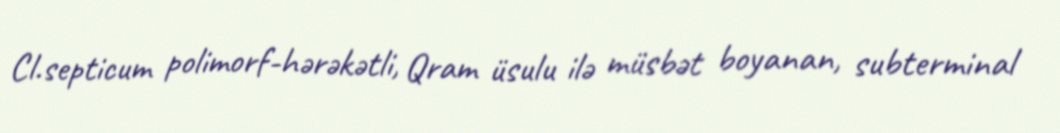
Cl.septicum polimorf-hərəkətli, Qram üsulu ilə müsbət boyanan, subterminal